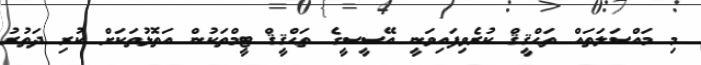
މި މައްސަލަތައް ތަޙްޤީޤް ކުރެވިފައިވަނީ އޭސީސީގެ ތަޙްޤީޤް ޓީމްތަކުން އަތޮޅުތަކަށް ކުރި ދަތުރު